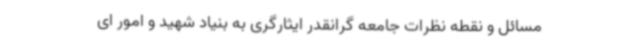
مسائل و نقطه نظرات جامعه گرانقدر ایثارگری به بنیاد شهید و امور ای